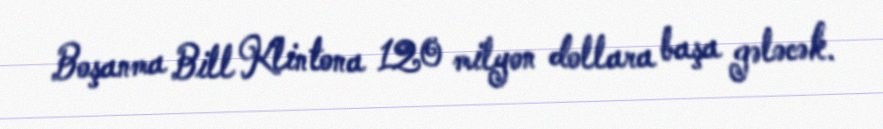
Boşanma Bill Klintona 120 milyon dollara başa gələcək.